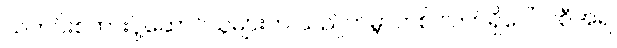
သတင်းစကားပို့ဆောင်သူများက သည်ကမ္ဘာတစ် လက်ရှိပေါ်လစီအရ